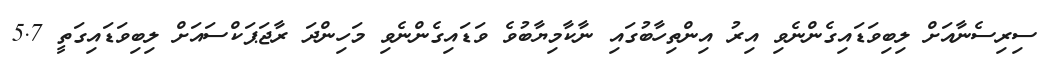
ސިރިސެނާއަށް ލިބިވަޑައިގެންނެވި އިރު އިންތިހާބުގައި ނާކާމިޔާބުވެ ވަޑައިގެންނެވި މަހިންދަ ރާޖަޕަކްސައަށް ލިބިވަޑައިގަތީ 5.7